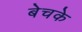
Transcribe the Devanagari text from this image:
बेचके